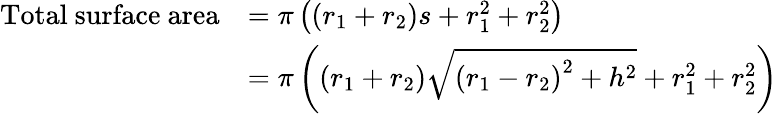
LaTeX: {\begin{array}{rl}{{\mathrm{Total~surface~area}}}&{=\pi\left(\left(r_{1}+r_{2}\right)s+r_{1}^{2}+r_{2}^{2}\right)}\\ &{=\pi\left(\left(r_{1}+r_{2}\right){\sqrt{\left(r_{1}-r_{2}\right)^{2}+h^{2}}}+r_{1}^{2}+r_{2}^{2}\right)}\end{array}}